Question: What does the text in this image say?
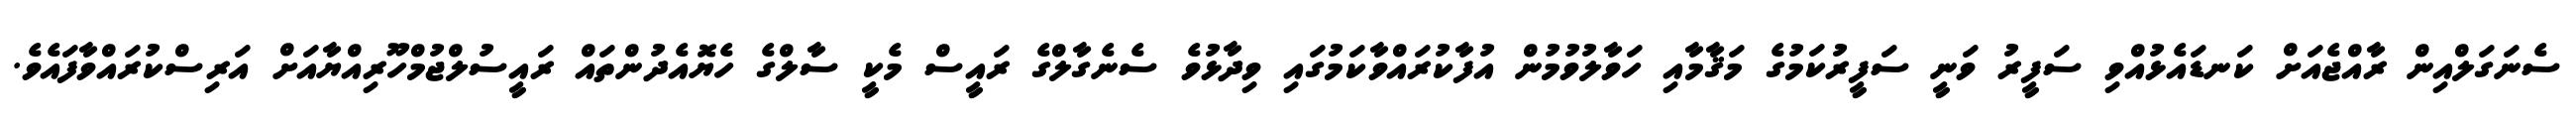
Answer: ސެނަގަލްއިން ރާއްޖެއަށް ކަނޑައެޅުއްވި ސަފީރު ވަނީ ސަފީރުކަމުގެ މަޤާމާއި ހަވާލުވުމުން އުފާކުރައްވާކަމުގައި ވިދާޅުވެ ސެނެގާލްގެ ރައީސް މެކީ ސާލްގެ ހެޔޮއެދުންތައް ރައީސުލްޖުމްހޫރިއްޔާއަށް އަރިސްކުރައްވާފައެވެ.